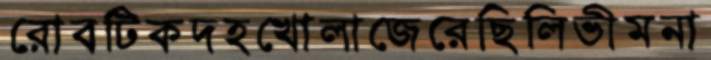
রোবটিকদহখোলাজেরেছিলিভীমনা